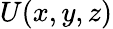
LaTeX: U(x,y,z)